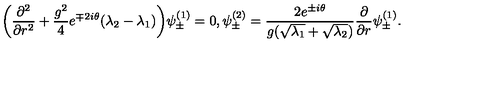
\bigg ( \frac { \partial ^ { 2 } } { \partial r ^ { 2 } } + \frac { g ^ { 2 } } { 4 } e ^ { \mp 2 i \theta } ( \lambda _ { 2 } - \lambda _ { 1 } ) \bigg ) \psi _ { \pm } ^ { ( 1 ) } = 0 , \psi _ { \pm } ^ { ( 2 ) } = \frac { 2 e ^ { \pm i \theta } } { g ( \sqrt { \lambda _ { 1 } } + \sqrt { \lambda _ { 2 } } ) } \frac { \partial } { \partial r } \psi _ { \pm } ^ { ( 1 ) } .